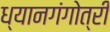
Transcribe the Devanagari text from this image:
ध्यानगंगोत्री